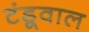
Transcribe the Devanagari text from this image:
टंडूवाल